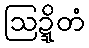
ဩဍ္ဍိတံ